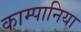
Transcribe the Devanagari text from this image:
काम्पानिया